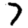
Digit: 7